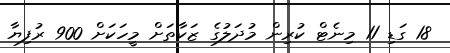
18 ގަޑި 11 މިނެޓް ކުރިން މުދަލުގެ ޒަކާތަށް މީހަކަށް 900 ރުފިޔާ